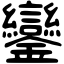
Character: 鑾